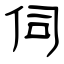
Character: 伺